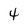
Character: 4